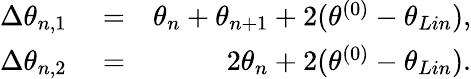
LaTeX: \begin{array}{rlr}{\Delta{{\theta}_{n,1}}}&{{}=}&{{{\theta}_{n}}+{{\theta}_{n+1}}+2(\theta^{(0)}-\theta_{Lin}),}\\ {\Delta{{\theta}_{n,2}}}&{{}=}&{2{{\theta}_{n}}+2(\theta^{(0)}-\theta_{Lin}).}\end{array}